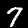
Label: 7